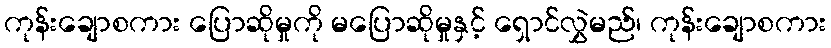
ကုန်းချောစကား ပြောဆိုမှုကို မပြောဆိုမှုနှင့် ရှောင်လွှဲမည်၊ ကုန်းချောစကား